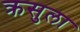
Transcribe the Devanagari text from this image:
क्रसुला